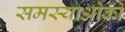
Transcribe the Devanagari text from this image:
समस्याओको